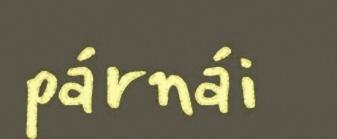
párnái